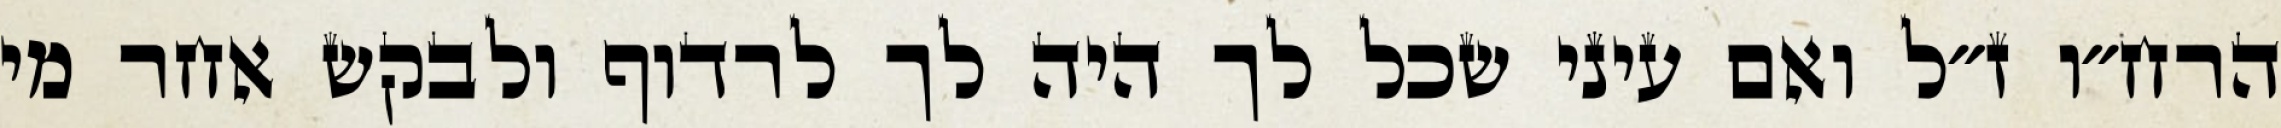
הרח״ו ז״ל ואם עיני שכל לך היה לך לרדוף ולבקש אחר מי